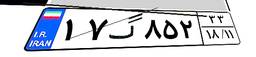
۱۷گ۸۵۲۳۳